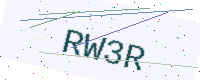
Text: RW3R